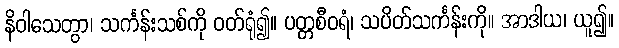
နိဝါသေတွာ၊ သင်္ကန်းသစ်ကို ဝတ်ရုံ၍။ ပတ္တစီဝရံ၊ သပိတ်သင်္ကန်းကို။ အာဒါယ၊ ယူ၍။